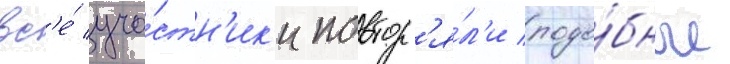
вс'е́ уча́стн'ик'и повтор'я́л'и подо́бные